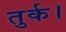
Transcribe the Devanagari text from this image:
तुर्क।